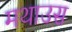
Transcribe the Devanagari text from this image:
मथाउस